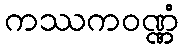
ကဿကဝဏ္ဏံ